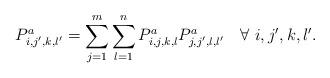
LaTeX: \begin{align*}P^a_{i,j',k,l'}=\sum_{j=1}^m\sum_{l=1}^nP^a_{i,j,k,l}P^a_{j,j',l,l'} \ \ \ \forall \ i,j',k,l'.\end{align*}